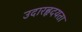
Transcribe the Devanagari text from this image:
उदारहृदयता